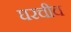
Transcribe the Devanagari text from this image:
घरचीच